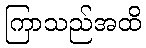
ကြာသည်အထိ